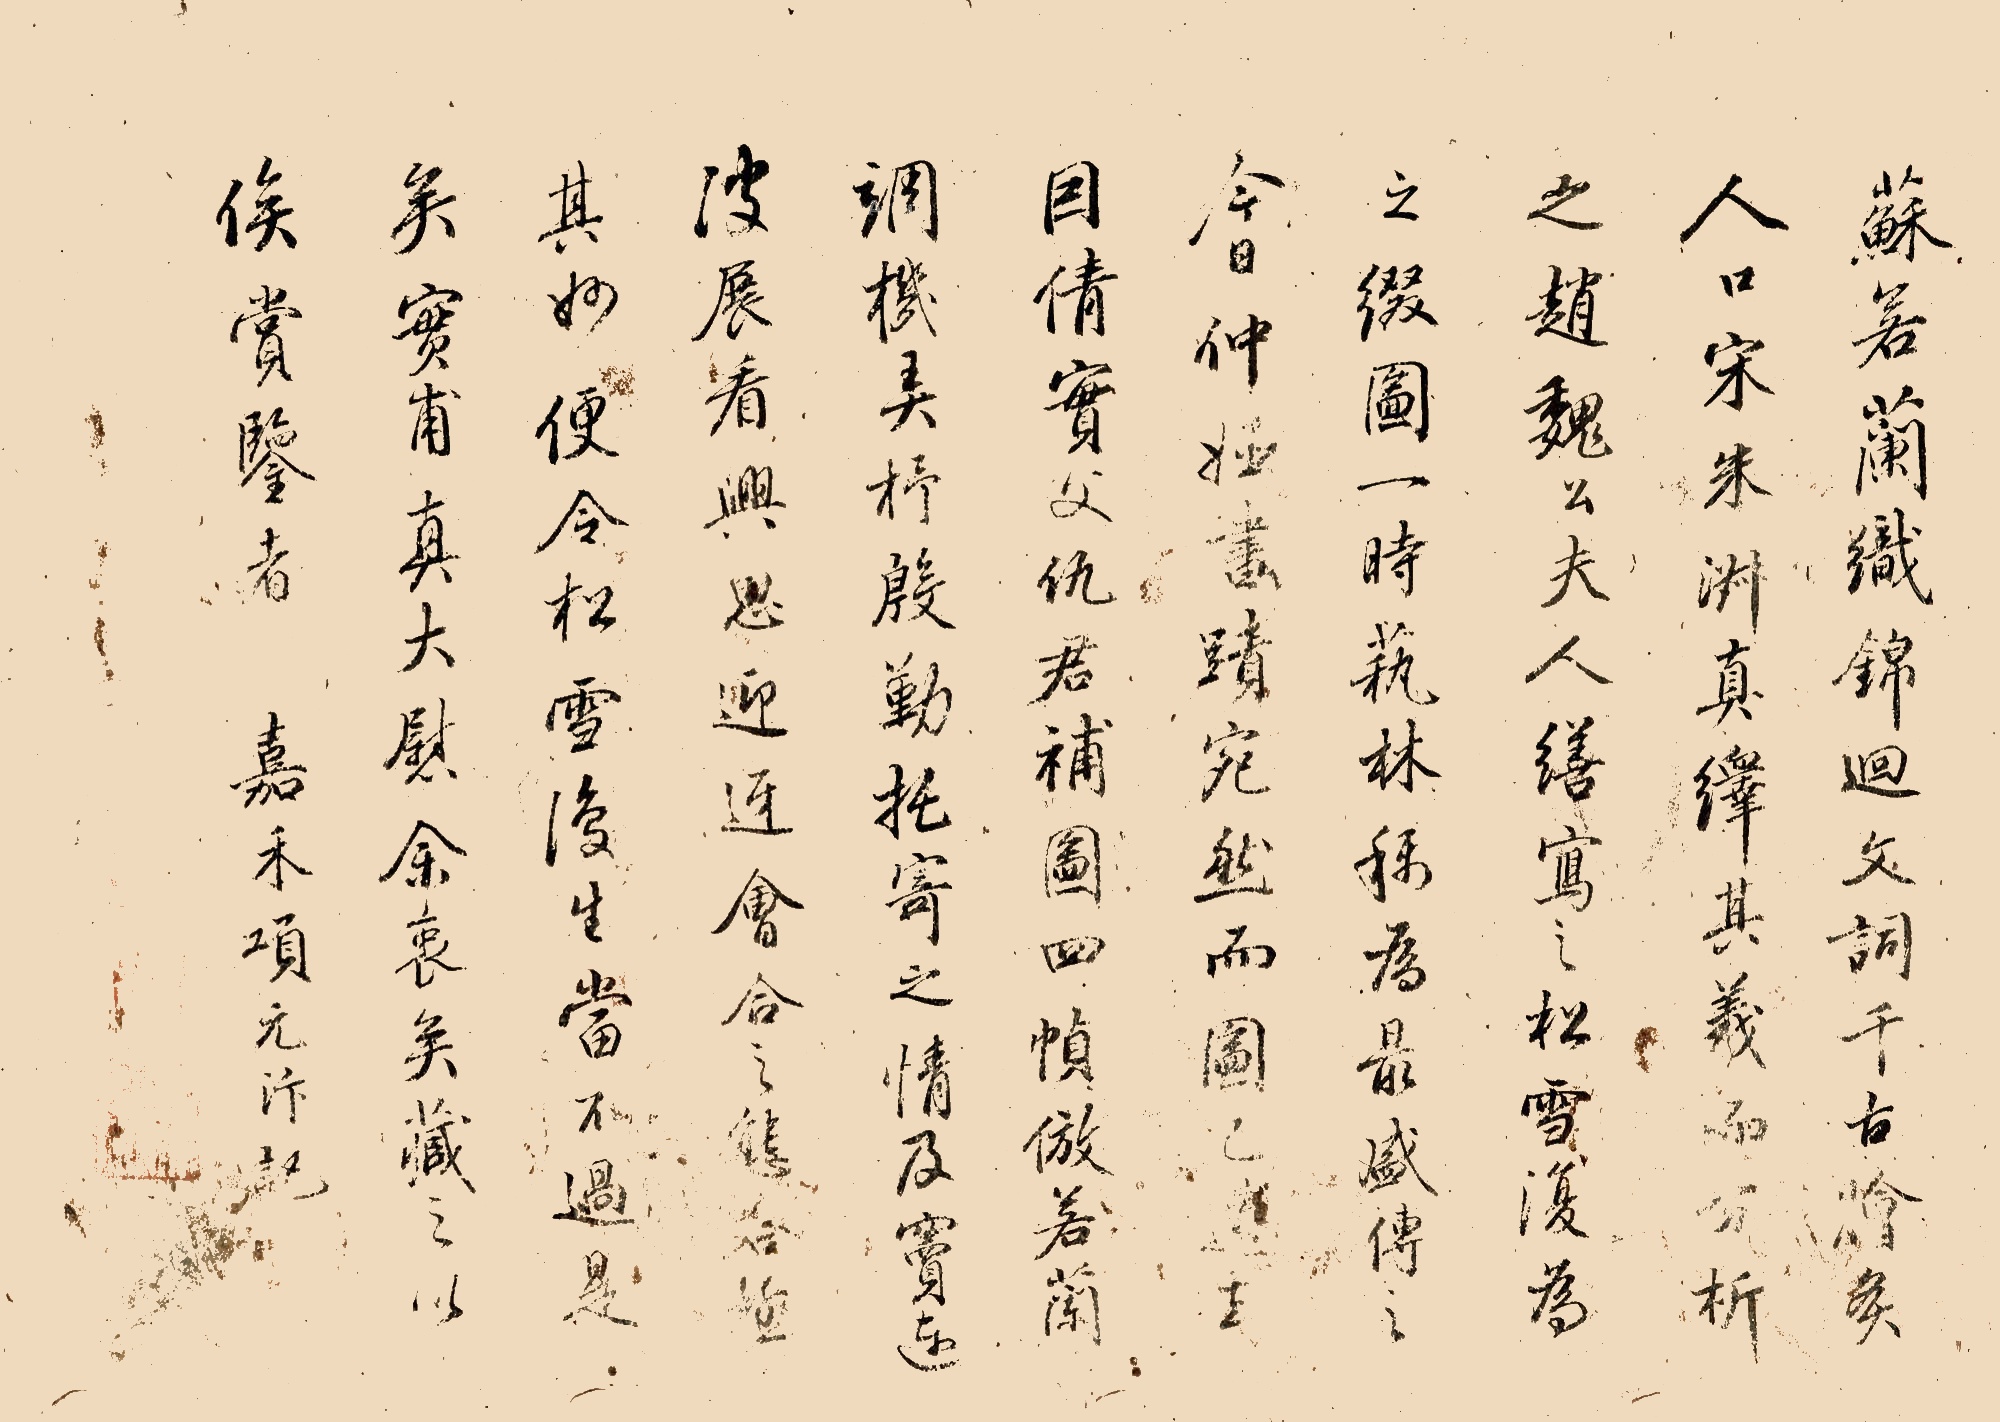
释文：苏若兰织锦回文词，千古会脍灸人口，宋朱淑真绎其义而分析之，赵魏公夫人缮写松雪，复为之缀图，一时艺林称为最盛，传之今日，仲姬书迹宛然，而图已遗去，因倩实父仇君补图四帧，仿若兰调机弄杼，殷勤托寄之情及窦连波，展看兴思，迎迓会合之态，■极其妙，便令松雪复生，当不过是矣，实甫真大慰余衷矣，藏之以俟赏鉴者。嘉禾元汴记。